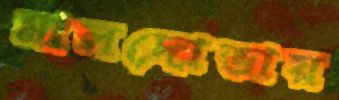
মালদোভায়